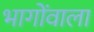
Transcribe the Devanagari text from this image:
भागोंवाला